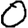
Digit: 0